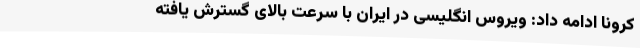
کرونا ادامه داد: ویروس انگلیسی در ایران با سرعت بالای گسترش یافته